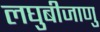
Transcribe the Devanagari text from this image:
लघुबीजाणु